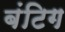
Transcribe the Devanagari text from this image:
बंटिग